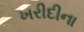
ખરીદીના